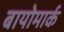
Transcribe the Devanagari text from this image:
बायोमार्क